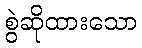
စွဲဆိုထားသော